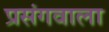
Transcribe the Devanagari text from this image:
प्रसंगवाला